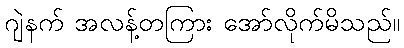
ဂျဲနက် အလန့်တကြား အော်လိုက်မိသည်။